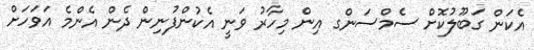
އެކަން ގަބޫލުކޮށް ސެމްސަންގ އިން މިހާރު ވަނީ އެކުންފުނިން ދެން އެންމެ އަވަހަށް